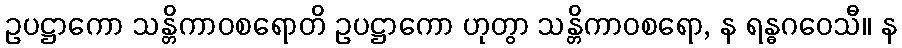
ဥပဋ္ဌာကော သန္တိကာဝစရောတိ ဥပဋ္ဌာကော ဟုတွာ သန္တိကာဝစရော, န ရန္ဓဂဝေသီ။ န